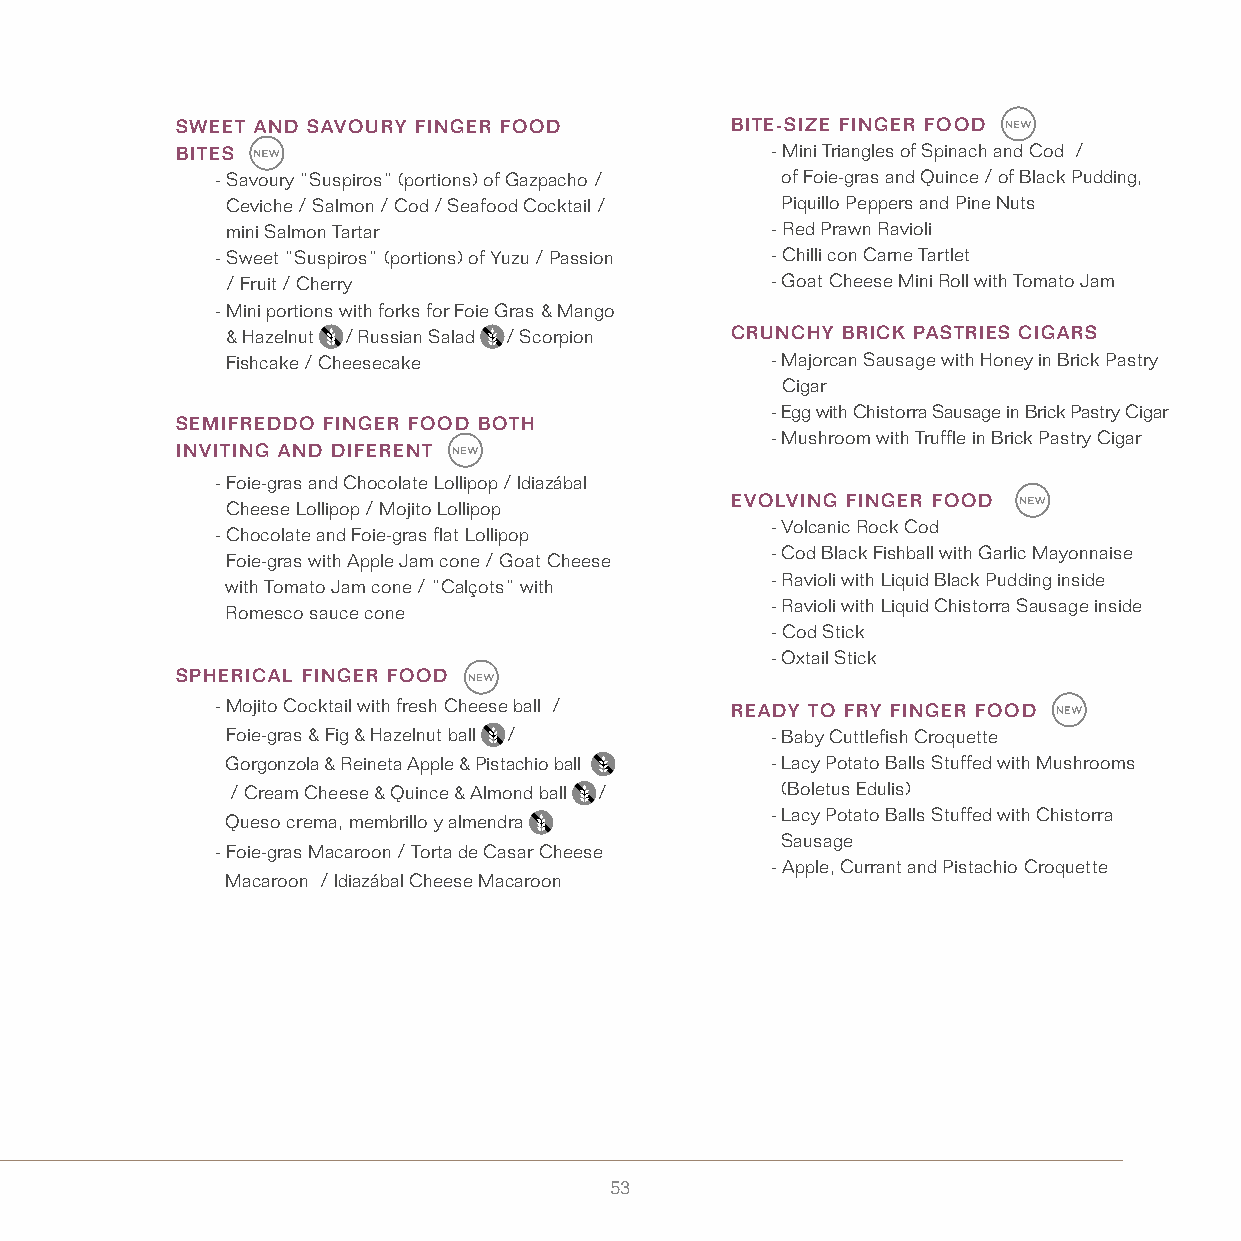
SWEET AND SAVOURY FINGER FOOD       BITE-SIZE FINGER FOOD
 BITES                                  - Mini Triangles of Spinach and Cod /
 - Savoury “Suspiros” (portions) of Gazpacho / of Foie-gras and Quince / of Black Pudding,
 Ceviche / Salmon / Cod / Seafood Cocktail / Piquillo Peppers and Pine Nuts
 mini Salmon Tartar                  - Red Prawn Ravioli
 - Sweet ”Suspiros” (portions) of Yuzu / Passion - Chilli con Carne Tartlet
 / Fruit / Cherry                    - Goat Cheese Mini Roll with Tomato Jam
 - Mini portions with forks for Foie Gras & Mango
 & Hazelnut / Russian Salad / Scorpion CRUNCHY BRICK PASTRIES CIGARS
 Fishcake / Cheesecake               - Majorcan Sausage with Honey in Brick Pastry
 Cigar
 - Egg with Chistorra Sausage in Brick Pastry Cigar
 SEMIFREDDO FINGER FOOD BOTH
 - Mushroom with Truffle in Brick Pastry Cigar
 INVITING AND DIFERENT
 - Foie-gras and Chocolate Lollipop / Idiazábal
 EVOLVING FINGER FOOD
 Cheese Lollipop / Mojito Lollipop
 - Volcanic Rock Cod
 - Chocolate and Foie-gras flat Lollipop
 - Cod Black Fishball with Garlic Mayonnaise
 Foie-gras with Apple Jam cone / Goat Cheese
 - Ravioli with Liquid Black Pudding inside
 with Tomato Jam cone / “Calçots” with
 - Ravioli with Liquid Chistorra Sausage inside
 Romesco sauce cone
 - Cod Stick
 - Oxtail Stick
 SPHERICAL FINGER FOOD
 - Mojito Cocktail with fresh Cheese ball / READY TO FRY FINGER FOOD
 Foie-gras & Fig & Hazelnut ball /   - Baby Cuttlefish Croquette
 Gorgonzola & Reineta Apple & Pistachio ball - Lacy Potato Balls Stuffed with Mushrooms
 / Cream Cheese & Quince & Almond ball / (Boletus Edulis)
 - Lacy Potato Balls Stuffed with Chistorra
 Queso crema, membrillo y almendra
 Sausage
 - Foie-gras Macaroon / Torta de Casar Cheese
 - Apple, Currant and Pistachio Croquette
 Macaroon / Idiazábal Cheese Macaroon
 53